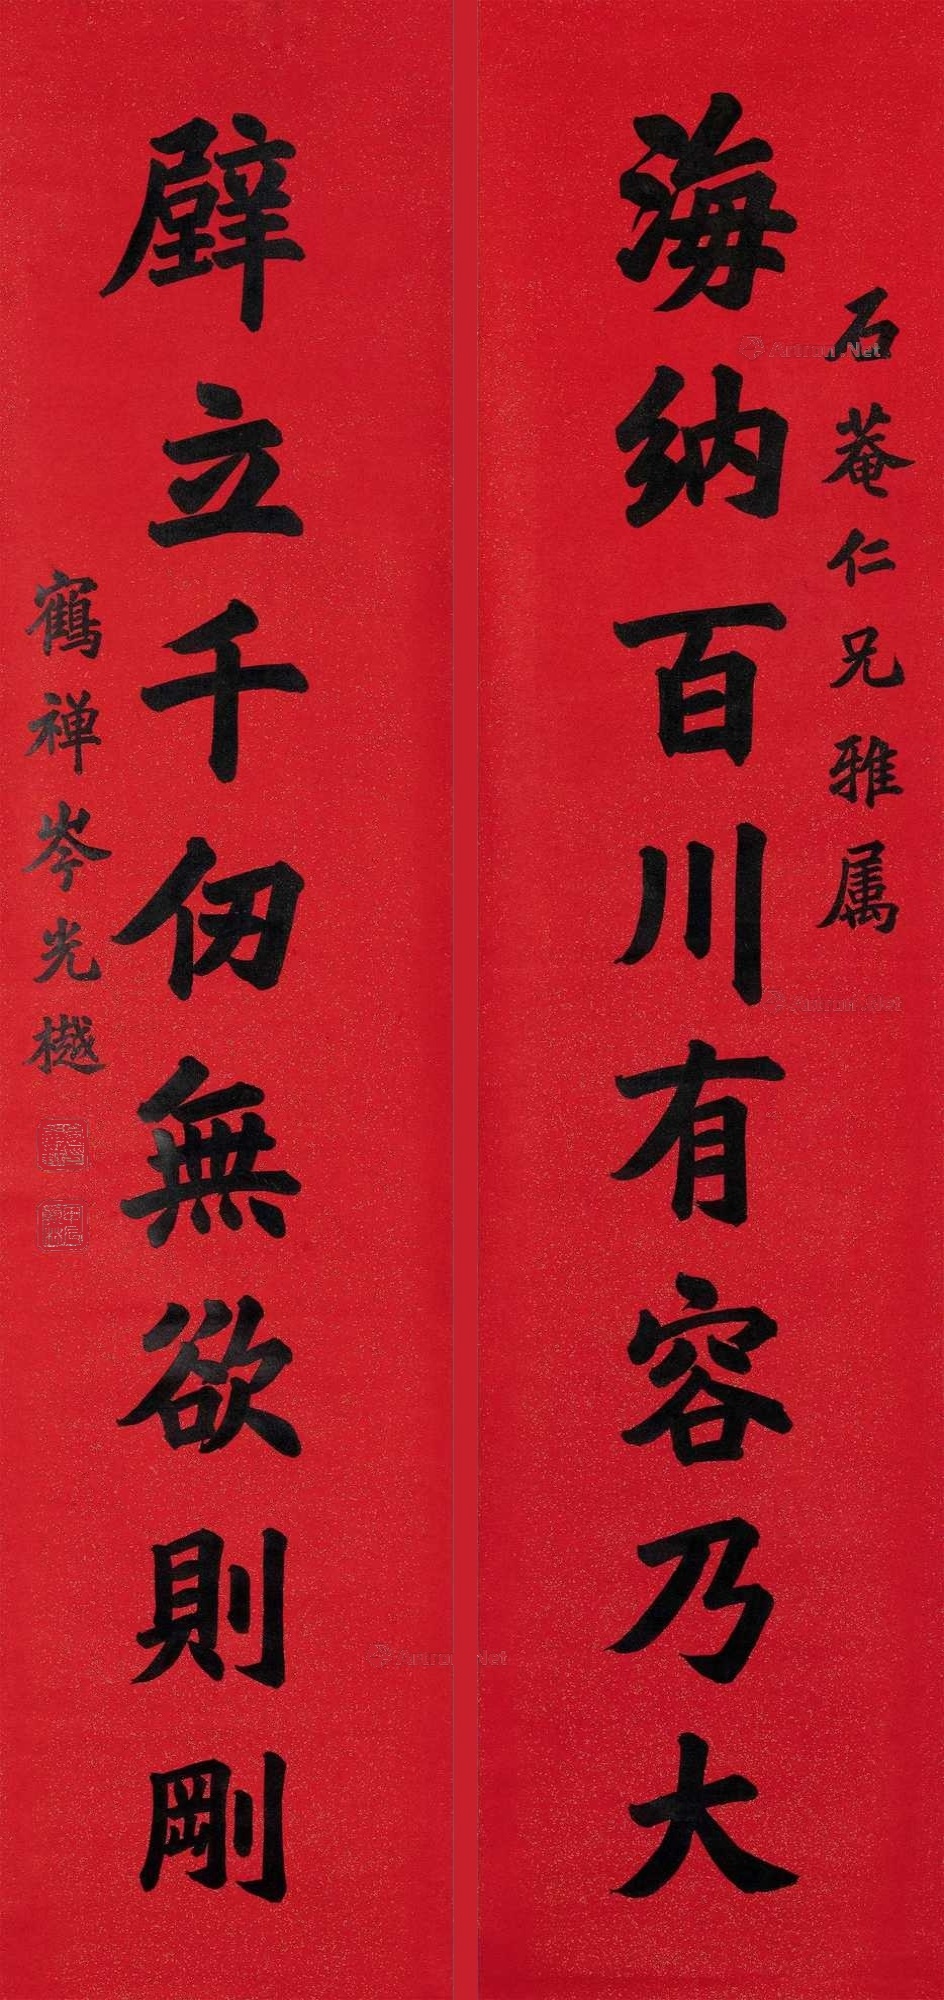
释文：海纳百川有容乃大壁立千仞无欲则刚石庵仁兄雅属鹤禅岑光樾